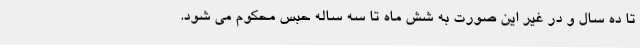
تا ده سال و در غیر این صورت به شش ماه تا سه ساله حبس محکوم می‌ شود.